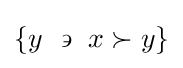
\left\{y~\backepsilon ~x\succ y\right\}